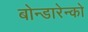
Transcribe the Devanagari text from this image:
बोन्डारेन्को